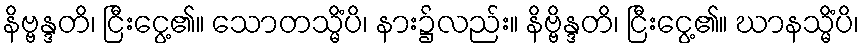
နိဗ္ဗန္ဒတိ၊ ငြီးငွေ့၏။ သောတသ္မိံပိ၊ နား၌လည်း။ နိဗ္ဗိန္ဒတိ၊ ငြီးငွေ့၏။ ဃာနသ္မိံပိ၊